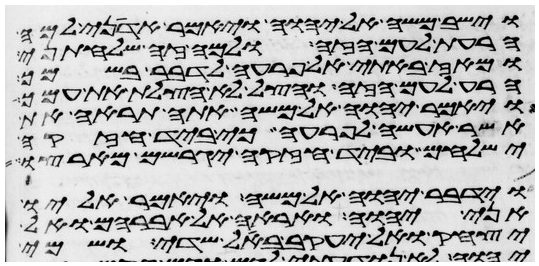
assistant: וישב משה אל יהוה ויאמר אדני למה
הרעת לעם הזה ולמה זה שלחתני
ומאז באתי אל פרעה לדבר בשמך
הרע לעם הזה והצל לא הצלת את עמך
ויאמר יהוה אל משה אתה תראה את
אשר אעשה לפרעה כי ביד חזקה
ישלחם וביד חזקה יגרשם מארצו
וידבר יהוה אל משה ויאמר אליו
אני יהוה ואראה אל אברהם ואל
יצחק ואל יעקב באל שדי ושמי